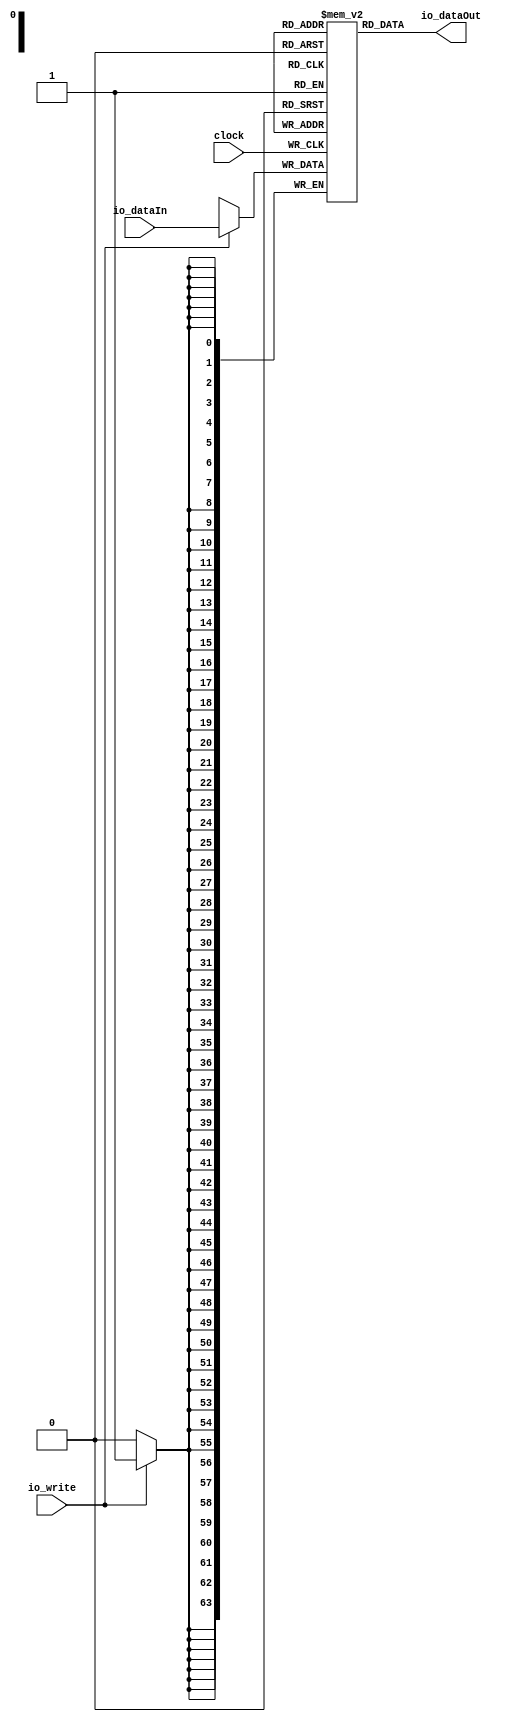
module RWSmem(
  input         clock,
  input         io_write,
  input  [63:0] io_dataIn,
  output [63:0] io_dataOut
);
`ifdef RANDOMIZE_MEM_INIT
  reg [63:0] _RAND_0;
`endif // RANDOMIZE_MEM_INIT
`ifdef RANDOMIZE_REG_INIT
  reg [31:0] _RAND_1;
  reg [31:0] _RAND_2;
`endif // RANDOMIZE_REG_INIT
  reg [63:0] mem [0:0]; // @[intervox_receiver.scala 69:24]
  wire  mem_rdwrPort_r_en; // @[intervox_receiver.scala 69:24]
  wire  mem_rdwrPort_r_addr; // @[intervox_receiver.scala 69:24]
  wire [63:0] mem_rdwrPort_r_data; // @[intervox_receiver.scala 69:24]
  wire [63:0] mem_rdwrPort_w_data; // @[intervox_receiver.scala 69:24]
  wire  mem_rdwrPort_w_addr; // @[intervox_receiver.scala 69:24]
  wire  mem_rdwrPort_w_mask; // @[intervox_receiver.scala 69:24]
  wire  mem_rdwrPort_w_en; // @[intervox_receiver.scala 69:24]
  reg  mem_rdwrPort_r_en_pipe_0;
  reg  mem_rdwrPort_r_addr_pipe_0;
  assign mem_rdwrPort_r_en = mem_rdwrPort_r_en_pipe_0;
  assign mem_rdwrPort_r_addr = mem_rdwrPort_r_addr_pipe_0;
  assign mem_rdwrPort_r_data = mem[mem_rdwrPort_r_addr]; // @[intervox_receiver.scala 69:24]
  assign mem_rdwrPort_w_data = io_dataIn;
  assign mem_rdwrPort_w_addr = 1'h0;
  assign mem_rdwrPort_w_mask = io_write;
  assign mem_rdwrPort_w_en = 1'h1 & io_write;
  assign io_dataOut = mem_rdwrPort_r_data; // @[intervox_receiver.scala 75:21 76:34]
  always @(posedge clock) begin
    if (mem_rdwrPort_w_en & mem_rdwrPort_w_mask) begin
      mem[mem_rdwrPort_w_addr] <= mem_rdwrPort_w_data; // @[intervox_receiver.scala 69:24]
    end
    mem_rdwrPort_r_en_pipe_0 <= 1'h1 & ~io_write;
    if (1'h1 & ~io_write) begin
      mem_rdwrPort_r_addr_pipe_0 <= 1'h0;
    end
  end
// Register and memory initialization
`ifdef RANDOMIZE_GARBAGE_ASSIGN
`define RANDOMIZE
`endif
`ifdef RANDOMIZE_INVALID_ASSIGN
`define RANDOMIZE
`endif
`ifdef RANDOMIZE_REG_INIT
`define RANDOMIZE
`endif
`ifdef RANDOMIZE_MEM_INIT
`define RANDOMIZE
`endif
`ifndef RANDOM
`define RANDOM $random
`endif
`ifdef RANDOMIZE_MEM_INIT
  integer initvar;
`endif
`ifndef SYNTHESIS
`ifdef FIRRTL_BEFORE_INITIAL
`FIRRTL_BEFORE_INITIAL
`endif
initial begin
  `ifdef RANDOMIZE
    `ifdef INIT_RANDOM
      `INIT_RANDOM
    `endif
    `ifndef VERILATOR
      `ifdef RANDOMIZE_DELAY
        #`RANDOMIZE_DELAY begin end
      `else
        #0.002 begin end
      `endif
    `endif
`ifdef RANDOMIZE_MEM_INIT
  _RAND_0 = {2{`RANDOM}};
  for (initvar = 0; initvar < 1; initvar = initvar+1)
    mem[initvar] = _RAND_0[63:0];
`endif // RANDOMIZE_MEM_INIT
`ifdef RANDOMIZE_REG_INIT
  _RAND_1 = {1{`RANDOM}};
  mem_rdwrPort_r_en_pipe_0 = _RAND_1[0:0];
  _RAND_2 = {1{`RANDOM}};
  mem_rdwrPort_r_addr_pipe_0 = _RAND_2[0:0];
`endif // RANDOMIZE_REG_INIT
  `endif // RANDOMIZE
end // initial
`ifdef FIRRTL_AFTER_INITIAL
`FIRRTL_AFTER_INITIAL
`endif
`endif // SYNTHESIS
endmodule
module edgeDetector(
  input   clock,
  input   reset,
  input   io_INPUT,
  output  io_RISE
);
`ifdef RANDOMIZE_REG_INIT
  reg [31:0] _RAND_0;
  reg [31:0] _RAND_1;
  reg [31:0] _RAND_2;
`endif // RANDOMIZE_REG_INIT
  reg [1:0] inBufr; // @[intervox_receiver.scala 12:34]
  reg [1:0] inBufrPrev; // @[intervox_receiver.scala 13:34]
  reg  rising; // @[intervox_receiver.scala 15:34]
  wire [1:0] _inBufr_T_1 = inBufr + 2'h1; // @[intervox_receiver.scala 26:35]
  wire [1:0] _inBufr_T_3 = inBufr - 2'h1; // @[intervox_receiver.scala 33:35]
  wire  _T_5 = inBufr == 2'h1; // @[intervox_receiver.scala 39:41]
  wire  _GEN_9 = inBufrPrev == 2'h0 & inBufr == 2'h1 | rising; // @[intervox_receiver.scala 39:50 41:17 15:34]
  assign io_RISE = rising; // @[intervox_receiver.scala 57:15]
  always @(posedge clock) begin
    if (reset) begin // @[intervox_receiver.scala 12:34]
      inBufr <= 2'h0; // @[intervox_receiver.scala 12:34]
    end else if (io_INPUT) begin // @[intervox_receiver.scala 22:21]
      if (inBufr < 2'h2) begin // @[intervox_receiver.scala 24:27]
        inBufr <= _inBufr_T_1; // @[intervox_receiver.scala 26:25]
      end
    end else if (~io_INPUT) begin // @[intervox_receiver.scala 22:21]
      if (inBufr > 2'h0) begin // @[intervox_receiver.scala 31:27]
        inBufr <= _inBufr_T_3; // @[intervox_receiver.scala 33:25]
      end
    end
    if (reset) begin // @[intervox_receiver.scala 13:34]
      inBufrPrev <= 2'h0; // @[intervox_receiver.scala 13:34]
    end else if (io_INPUT) begin // @[intervox_receiver.scala 22:21]
      if (inBufr < 2'h2) begin // @[intervox_receiver.scala 24:27]
        inBufrPrev <= inBufr; // @[intervox_receiver.scala 27:25]
      end
    end else if (~io_INPUT) begin // @[intervox_receiver.scala 22:21]
      if (inBufr > 2'h0) begin // @[intervox_receiver.scala 31:27]
        inBufrPrev <= inBufr; // @[intervox_receiver.scala 34:25]
      end
    end
    if (reset) begin // @[intervox_receiver.scala 15:34]
      rising <= 1'h0; // @[intervox_receiver.scala 15:34]
    end else if (rising) begin // @[intervox_receiver.scala 52:28]
      rising <= 1'h0; // @[intervox_receiver.scala 52:38]
    end else if (inBufrPrev == 2'h2 & _T_5) begin // @[intervox_receiver.scala 45:50]
      rising <= 1'h0; // @[intervox_receiver.scala 47:17]
    end else begin
      rising <= _GEN_9;
    end
  end
// Register and memory initialization
`ifdef RANDOMIZE_GARBAGE_ASSIGN
`define RANDOMIZE
`endif
`ifdef RANDOMIZE_INVALID_ASSIGN
`define RANDOMIZE
`endif
`ifdef RANDOMIZE_REG_INIT
`define RANDOMIZE
`endif
`ifdef RANDOMIZE_MEM_INIT
`define RANDOMIZE
`endif
`ifndef RANDOM
`define RANDOM $random
`endif
`ifdef RANDOMIZE_MEM_INIT
  integer initvar;
`endif
`ifndef SYNTHESIS
`ifdef FIRRTL_BEFORE_INITIAL
`FIRRTL_BEFORE_INITIAL
`endif
initial begin
  `ifdef RANDOMIZE
    `ifdef INIT_RANDOM
      `INIT_RANDOM
    `endif
    `ifndef VERILATOR
      `ifdef RANDOMIZE_DELAY
        #`RANDOMIZE_DELAY begin end
      `else
        #0.002 begin end
      `endif
    `endif
`ifdef RANDOMIZE_REG_INIT
  _RAND_0 = {1{`RANDOM}};
  inBufr = _RAND_0[1:0];
  _RAND_1 = {1{`RANDOM}};
  inBufrPrev = _RAND_1[1:0];
  _RAND_2 = {1{`RANDOM}};
  rising = _RAND_2[0:0];
`endif // RANDOMIZE_REG_INIT
  `endif // RANDOMIZE
end // initial
`ifdef FIRRTL_AFTER_INITIAL
`FIRRTL_AFTER_INITIAL
`endif
`endif // SYNTHESIS
endmodule
module clock_Recovery(
  input         clock,
  input         reset,
  input         io_DATA_IN,
  output        io_CLK_OUT,
  output        io_DATA_OUT,
  output        io_DBUG,
  output        io_DBUG1,
  output [15:0] io_LED,
  input  [15:0] io_SW,
  output [63:0] io_DATAREG,
  input         io_BTN_C
);
`ifdef RANDOMIZE_REG_INIT
  reg [31:0] _RAND_0;
  reg [31:0] _RAND_1;
  reg [31:0] _RAND_2;
  reg [31:0] _RAND_3;
  reg [31:0] _RAND_4;
  reg [31:0] _RAND_5;
  reg [31:0] _RAND_6;
  reg [31:0] _RAND_7;
  reg [31:0] _RAND_8;
  reg [31:0] _RAND_9;
  reg [31:0] _RAND_10;
  reg [31:0] _RAND_11;
`endif // RANDOMIZE_REG_INIT
  wire  BFR_clock; // @[intervox_receiver.scala 94:29]
  wire  BFR_io_write; // @[intervox_receiver.scala 94:29]
  wire [63:0] BFR_io_dataIn; // @[intervox_receiver.scala 94:29]
  wire [63:0] BFR_io_dataOut; // @[intervox_receiver.scala 94:29]
  wire  BFR1_clock; // @[intervox_receiver.scala 99:30]
  wire  BFR1_io_write; // @[intervox_receiver.scala 99:30]
  wire [63:0] BFR1_io_dataIn; // @[intervox_receiver.scala 99:30]
  wire [63:0] BFR1_io_dataOut; // @[intervox_receiver.scala 99:30]
  wire  CLKEDGE_clock; // @[intervox_receiver.scala 132:37]
  wire  CLKEDGE_reset; // @[intervox_receiver.scala 132:37]
  wire  CLKEDGE_io_INPUT; // @[intervox_receiver.scala 132:37]
  wire  CLKEDGE_io_RISE; // @[intervox_receiver.scala 132:37]
  reg [7:0] lastOne; // @[intervox_receiver.scala 109:30]
  reg [15:0] leds; // @[intervox_receiver.scala 110:30]
  reg [1:0] inBufr; // @[intervox_receiver.scala 112:30]
  reg [7:0] deltaCntr; // @[intervox_receiver.scala 113:30]
  reg [6:0] bitCntr; // @[intervox_receiver.scala 114:30]
  reg  clkRec; // @[intervox_receiver.scala 115:30]
  reg  change; // @[intervox_receiver.scala 117:30]
  reg  dataOut; // @[intervox_receiver.scala 118:30]
  reg  syncWord; // @[intervox_receiver.scala 119:30]
  reg  zeroFlipped; // @[intervox_receiver.scala 120:30]
  reg  syncFlipped; // @[intervox_receiver.scala 121:30]
  reg  syncFlipped1; // @[intervox_receiver.scala 122:30]
  wire [7:0] _deltaCntr_T_1 = deltaCntr + 8'h1; // @[intervox_receiver.scala 130:31]
  wire [1:0] _inBufr_T_1 = inBufr + 2'h1; // @[intervox_receiver.scala 147:34]
  wire [1:0] _inBufr_T_3 = inBufr - 2'h1; // @[intervox_receiver.scala 153:34]
  wire  _GEN_4 = inBufr[0] ^ inBufr[1] | change; // @[intervox_receiver.scala 157:36 158:16 117:30]
  wire  _clkRec_T = ~clkRec; // @[intervox_receiver.scala 167:28]
  wire  _GEN_6 = change ? ~clkRec : clkRec; // @[intervox_receiver.scala 164:25 167:25 115:30]
  wire  _GEN_8 = change ? 1'h0 : zeroFlipped; // @[intervox_receiver.scala 164:25 171:25 120:30]
  wire  _GEN_9 = change ? 1'h0 : syncFlipped; // @[intervox_receiver.scala 164:25 172:25 121:30]
  wire  _GEN_10 = change ? 1'h0 : syncFlipped1; // @[intervox_receiver.scala 164:25 173:25 122:30]
  wire  _GEN_11 = syncWord ? 1'h0 : syncWord; // @[intervox_receiver.scala 176:27 177:21 119:30]
  wire [6:0] _GEN_12 = syncWord ? 7'h0 : bitCntr; // @[intervox_receiver.scala 176:27 178:21 114:30]
  wire [6:0] _bitCntr_T_1 = bitCntr + 7'h1; // @[intervox_receiver.scala 185:28]
  wire [6:0] _BFR_io_dataIn_T_1 = 7'h3f - bitCntr; // @[intervox_receiver.scala 189:65]
  wire [127:0] _BFR_io_dataIn_T_2 = 128'h1 << _BFR_io_dataIn_T_1; // @[intervox_receiver.scala 189:56]
  wire [127:0] _GEN_47 = {{64'd0}, BFR_io_dataOut}; // @[intervox_receiver.scala 189:49]
  wire [127:0] _BFR_io_dataIn_T_3 = _GEN_47 | _BFR_io_dataIn_T_2; // @[intervox_receiver.scala 189:49]
  wire [127:0] _BFR_io_dataIn_T_6 = 128'h0 << _BFR_io_dataIn_T_1; // @[intervox_receiver.scala 191:56]
  wire [127:0] _BFR_io_dataIn_T_7 = _GEN_47 & _BFR_io_dataIn_T_6; // @[intervox_receiver.scala 191:49]
  wire [127:0] _GEN_15 = dataOut ? _BFR_io_dataIn_T_3 : _BFR_io_dataIn_T_7; // @[intervox_receiver.scala 188:30 189:31 191:31]
  wire [6:0] _GEN_16 = CLKEDGE_io_RISE ? _bitCntr_T_1 : _GEN_12; // @[intervox_receiver.scala 184:34 185:17]
  wire [127:0] _GEN_18 = CLKEDGE_io_RISE ? _GEN_15 : 128'h0; // @[intervox_receiver.scala 184:34]
  wire  _GEN_19 = change | dataOut; // @[intervox_receiver.scala 202:29 205:21 118:30]
  wire [9:0] _T_14 = lastOne * 2'h2; // @[intervox_receiver.scala 212:59]
  wire [9:0] _GEN_49 = {{2'd0}, deltaCntr}; // @[intervox_receiver.scala 212:47]
  wire  _GEN_21 = ~zeroFlipped ? _clkRec_T : _GEN_6; // @[intervox_receiver.scala 218:34 221:20]
  wire  _GEN_22 = ~zeroFlipped | _GEN_8; // @[intervox_receiver.scala 218:34 222:25]
  wire  _GEN_24 = deltaCntr > lastOne & _GEN_49 < _T_14 ? _GEN_21 : _GEN_6; // @[intervox_receiver.scala 212:68]
  wire  _GEN_26 = ~syncFlipped ? _clkRec_T : _GEN_24; // @[intervox_receiver.scala 238:34 240:20]
  wire  _GEN_27 = ~syncFlipped | _GEN_9; // @[intervox_receiver.scala 238:34 241:25]
  wire  _GEN_28 = _GEN_49 >= _T_14 ? _GEN_26 : _GEN_24; // @[intervox_receiver.scala 231:43]
  wire [9:0] _T_21 = lastOne * 2'h3; // @[intervox_receiver.scala 244:34]
  wire  _T_23 = ~syncFlipped1; // @[intervox_receiver.scala 252:27]
  wire [63:0] _leds_T = {{46'd0}, BFR1_io_dataOut[63:46]}; // @[intervox_receiver.scala 263:41]
  wire [63:0] _leds_T_1 = _leds_T & 64'hffff; // @[intervox_receiver.scala 263:50]
  wire  _GEN_31 = ~syncFlipped1 | _GEN_10; // @[intervox_receiver.scala 252:35 255:26]
  wire [63:0] _GEN_34 = ~syncFlipped1 ? BFR_io_dataOut : 64'h0; // @[intervox_receiver.scala 103:28 252:35 261:29]
  wire [63:0] _GEN_35 = ~syncFlipped1 ? _leds_T_1 : {{48'd0}, leds}; // @[intervox_receiver.scala 252:35 263:21 110:30]
  wire  _GEN_36 = _GEN_49 >= _T_21 | _GEN_11; // @[intervox_receiver.scala 244:43 251:18]
  wire [63:0] _GEN_42 = _GEN_49 >= _T_21 ? _GEN_35 : {{48'd0}, leds}; // @[intervox_receiver.scala 110:30 244:43]
  wire [15:0] _GEN_43 = io_BTN_C ? io_SW : {{8'd0}, lastOne}; // @[intervox_receiver.scala 269:31 270:21 109:30]
  wire [63:0] _GEN_44 = io_BTN_C ? {{48'd0}, io_SW} : _GEN_42; // @[intervox_receiver.scala 269:31 271:21]
  wire [15:0] _GEN_45 = io_SW > 16'h0 ? _GEN_43 : {{8'd0}, lastOne}; // @[intervox_receiver.scala 268:22 109:30]
  wire [63:0] _GEN_46 = io_SW > 16'h0 ? _GEN_44 : _GEN_42; // @[intervox_receiver.scala 268:22]
  wire [15:0] _GEN_53 = reset ? 16'hf : _GEN_45; // @[intervox_receiver.scala 109:{30,30}]
  wire [63:0] _GEN_54 = reset ? 64'h0 : _GEN_46; // @[intervox_receiver.scala 110:{30,30}]
  RWSmem BFR ( // @[intervox_receiver.scala 94:29]
    .clock(BFR_clock),
    .io_write(BFR_io_write),
    .io_dataIn(BFR_io_dataIn),
    .io_dataOut(BFR_io_dataOut)
  );
  RWSmem BFR1 ( // @[intervox_receiver.scala 99:30]
    .clock(BFR1_clock),
    .io_write(BFR1_io_write),
    .io_dataIn(BFR1_io_dataIn),
    .io_dataOut(BFR1_io_dataOut)
  );
  edgeDetector CLKEDGE ( // @[intervox_receiver.scala 132:37]
    .clock(CLKEDGE_clock),
    .reset(CLKEDGE_reset),
    .io_INPUT(CLKEDGE_io_INPUT),
    .io_RISE(CLKEDGE_io_RISE)
  );
  assign io_CLK_OUT = clkRec; // @[intervox_receiver.scala 135:21]
  assign io_DATA_OUT = dataOut; // @[intervox_receiver.scala 126:21]
  assign io_DBUG = change; // @[intervox_receiver.scala 137:21]
  assign io_DBUG1 = syncWord; // @[intervox_receiver.scala 127:21]
  assign io_LED = leds; // @[intervox_receiver.scala 128:21]
  assign io_DATAREG = BFR1_io_dataOut; // @[intervox_receiver.scala 136:21]
  assign BFR_clock = clock;
  assign BFR_io_write = CLKEDGE_io_RISE | syncWord; // @[intervox_receiver.scala 184:34 187:27]
  assign BFR_io_dataIn = _GEN_18[63:0];
  assign BFR1_clock = clock;
  assign BFR1_io_write = _GEN_49 >= _T_21 & _T_23; // @[intervox_receiver.scala 102:28 244:43]
  assign BFR1_io_dataIn = _GEN_49 >= _T_21 ? _GEN_34 : 64'h0; // @[intervox_receiver.scala 103:28 244:43]
  assign CLKEDGE_clock = clock;
  assign CLKEDGE_reset = reset;
  assign CLKEDGE_io_INPUT = clkRec; // @[intervox_receiver.scala 133:29]
  always @(posedge clock) begin
    lastOne <= _GEN_53[7:0]; // @[intervox_receiver.scala 109:{30,30}]
    leds <= _GEN_54[15:0]; // @[intervox_receiver.scala 110:{30,30}]
    if (reset) begin // @[intervox_receiver.scala 112:30]
      inBufr <= 2'h0; // @[intervox_receiver.scala 112:30]
    end else if (io_DATA_IN) begin // @[intervox_receiver.scala 143:23]
      if (inBufr < 2'h3) begin // @[intervox_receiver.scala 145:31]
        inBufr <= _inBufr_T_1; // @[intervox_receiver.scala 147:24]
      end
    end else if (~io_DATA_IN) begin // @[intervox_receiver.scala 143:23]
      if (inBufr > 2'h0) begin // @[intervox_receiver.scala 151:31]
        inBufr <= _inBufr_T_3; // @[intervox_receiver.scala 153:24]
      end
    end
    if (reset) begin // @[intervox_receiver.scala 113:30]
      deltaCntr <= 8'h0; // @[intervox_receiver.scala 113:30]
    end else if (change) begin // @[intervox_receiver.scala 164:25]
      deltaCntr <= 8'h0; // @[intervox_receiver.scala 169:25]
    end else begin
      deltaCntr <= _deltaCntr_T_1; // @[intervox_receiver.scala 130:18]
    end
    if (reset) begin // @[intervox_receiver.scala 114:30]
      bitCntr <= 7'h0; // @[intervox_receiver.scala 114:30]
    end else if (_GEN_49 >= _T_21) begin // @[intervox_receiver.scala 244:43]
      if (~syncFlipped1) begin // @[intervox_receiver.scala 252:35]
        bitCntr <= 7'h0; // @[intervox_receiver.scala 257:21]
      end else begin
        bitCntr <= _GEN_16;
      end
    end else begin
      bitCntr <= _GEN_16;
    end
    if (reset) begin // @[intervox_receiver.scala 115:30]
      clkRec <= 1'h0; // @[intervox_receiver.scala 115:30]
    end else if (_GEN_49 >= _T_21) begin // @[intervox_receiver.scala 244:43]
      if (~syncFlipped1) begin // @[intervox_receiver.scala 252:35]
        clkRec <= _clkRec_T; // @[intervox_receiver.scala 254:20]
      end else begin
        clkRec <= _GEN_28;
      end
    end else begin
      clkRec <= _GEN_28;
    end
    if (reset) begin // @[intervox_receiver.scala 117:30]
      change <= 1'h0; // @[intervox_receiver.scala 117:30]
    end else if (change) begin // @[intervox_receiver.scala 164:25]
      change <= 1'h0; // @[intervox_receiver.scala 165:16]
    end else begin
      change <= _GEN_4;
    end
    if (reset) begin // @[intervox_receiver.scala 118:30]
      dataOut <= 1'h0; // @[intervox_receiver.scala 118:30]
    end else if (deltaCntr > lastOne & _GEN_49 < _T_14) begin // @[intervox_receiver.scala 212:68]
      dataOut <= 1'h0; // @[intervox_receiver.scala 216:17]
    end else if (deltaCntr <= lastOne) begin // @[intervox_receiver.scala 199:35]
      dataOut <= _GEN_19;
    end
    if (reset) begin // @[intervox_receiver.scala 119:30]
      syncWord <= 1'h0; // @[intervox_receiver.scala 119:30]
    end else begin
      syncWord <= _GEN_36;
    end
    if (reset) begin // @[intervox_receiver.scala 120:30]
      zeroFlipped <= 1'h0; // @[intervox_receiver.scala 120:30]
    end else if (deltaCntr > lastOne & _GEN_49 < _T_14) begin // @[intervox_receiver.scala 212:68]
      zeroFlipped <= _GEN_22;
    end else if (change) begin // @[intervox_receiver.scala 164:25]
      zeroFlipped <= 1'h0; // @[intervox_receiver.scala 171:25]
    end
    if (reset) begin // @[intervox_receiver.scala 121:30]
      syncFlipped <= 1'h0; // @[intervox_receiver.scala 121:30]
    end else if (_GEN_49 >= _T_14) begin // @[intervox_receiver.scala 231:43]
      syncFlipped <= _GEN_27;
    end else if (change) begin // @[intervox_receiver.scala 164:25]
      syncFlipped <= 1'h0; // @[intervox_receiver.scala 172:25]
    end
    if (reset) begin // @[intervox_receiver.scala 122:30]
      syncFlipped1 <= 1'h0; // @[intervox_receiver.scala 122:30]
    end else if (_GEN_49 >= _T_21) begin // @[intervox_receiver.scala 244:43]
      syncFlipped1 <= _GEN_31;
    end else if (change) begin // @[intervox_receiver.scala 164:25]
      syncFlipped1 <= 1'h0; // @[intervox_receiver.scala 173:25]
    end
  end
// Register and memory initialization
`ifdef RANDOMIZE_GARBAGE_ASSIGN
`define RANDOMIZE
`endif
`ifdef RANDOMIZE_INVALID_ASSIGN
`define RANDOMIZE
`endif
`ifdef RANDOMIZE_REG_INIT
`define RANDOMIZE
`endif
`ifdef RANDOMIZE_MEM_INIT
`define RANDOMIZE
`endif
`ifndef RANDOM
`define RANDOM $random
`endif
`ifdef RANDOMIZE_MEM_INIT
  integer initvar;
`endif
`ifndef SYNTHESIS
`ifdef FIRRTL_BEFORE_INITIAL
`FIRRTL_BEFORE_INITIAL
`endif
initial begin
  `ifdef RANDOMIZE
    `ifdef INIT_RANDOM
      `INIT_RANDOM
    `endif
    `ifndef VERILATOR
      `ifdef RANDOMIZE_DELAY
        #`RANDOMIZE_DELAY begin end
      `else
        #0.002 begin end
      `endif
    `endif
`ifdef RANDOMIZE_REG_INIT
  _RAND_0 = {1{`RANDOM}};
  lastOne = _RAND_0[7:0];
  _RAND_1 = {1{`RANDOM}};
  leds = _RAND_1[15:0];
  _RAND_2 = {1{`RANDOM}};
  inBufr = _RAND_2[1:0];
  _RAND_3 = {1{`RANDOM}};
  deltaCntr = _RAND_3[7:0];
  _RAND_4 = {1{`RANDOM}};
  bitCntr = _RAND_4[6:0];
  _RAND_5 = {1{`RANDOM}};
  clkRec = _RAND_5[0:0];
  _RAND_6 = {1{`RANDOM}};
  change = _RAND_6[0:0];
  _RAND_7 = {1{`RANDOM}};
  dataOut = _RAND_7[0:0];
  _RAND_8 = {1{`RANDOM}};
  syncWord = _RAND_8[0:0];
  _RAND_9 = {1{`RANDOM}};
  zeroFlipped = _RAND_9[0:0];
  _RAND_10 = {1{`RANDOM}};
  syncFlipped = _RAND_10[0:0];
  _RAND_11 = {1{`RANDOM}};
  syncFlipped1 = _RAND_11[0:0];
`endif // RANDOMIZE_REG_INIT
  `endif // RANDOMIZE
end // initial
`ifdef FIRRTL_AFTER_INITIAL
`FIRRTL_AFTER_INITIAL
`endif
`endif // SYNTHESIS
endmodule
module i2s_Transmitter(
  input         clock,
  input         reset,
  input         io_CLK_IN,
  input  [63:0] io_DATA_IN,
  input         io_NEXT,
  output        io_LRCLK,
  output        io_SDATA
);
`ifdef RANDOMIZE_REG_INIT
  reg [31:0] _RAND_0;
  reg [31:0] _RAND_1;
  reg [31:0] _RAND_2;
`endif // RANDOMIZE_REG_INIT
  wire  CLK1EDGE_clock; // @[intervox_receiver.scala 292:38]
  wire  CLK1EDGE_reset; // @[intervox_receiver.scala 292:38]
  wire  CLK1EDGE_io_INPUT; // @[intervox_receiver.scala 292:38]
  wire  CLK1EDGE_io_RISE; // @[intervox_receiver.scala 292:38]
  reg [7:0] bitCntrTrans; // @[intervox_receiver.scala 285:31]
  reg  lrclk; // @[intervox_receiver.scala 286:26]
  reg  sdataO; // @[intervox_receiver.scala 287:26]
  wire [7:0] _bitCntrTrans_T_1 = bitCntrTrans + 8'h1; // @[intervox_receiver.scala 302:38]
  wire  _GEN_1 = bitCntrTrans == 8'h0 | lrclk; // @[intervox_receiver.scala 304:35 306:19 286:26]
  wire  _T_3 = bitCntrTrans > 8'h1f; // @[intervox_receiver.scala 308:27]
  wire [7:0] _sdataO_T_1 = 8'h3c - bitCntrTrans; // @[intervox_receiver.scala 314:45]
  wire [63:0] _sdataO_T_2 = io_DATA_IN >> _sdataO_T_1; // @[intervox_receiver.scala 314:39]
  wire  _GEN_3 = bitCntrTrans <= 8'h18 ? _sdataO_T_2[0] : sdataO; // @[intervox_receiver.scala 312:37 314:20 287:26]
  wire  _GEN_4 = bitCntrTrans > 8'h18 & bitCntrTrans <= 8'h1f ? 1'h0 : _GEN_3; // @[intervox_receiver.scala 316:61 318:20]
  wire [7:0] _sdataO_T_6 = bitCntrTrans + 8'h1f; // @[intervox_receiver.scala 322:61]
  wire [7:0] _sdataO_T_8 = 8'h24 - _sdataO_T_6; // @[intervox_receiver.scala 322:45]
  wire [63:0] _sdataO_T_9 = io_DATA_IN >> _sdataO_T_8; // @[intervox_receiver.scala 322:39]
  edgeDetector CLK1EDGE ( // @[intervox_receiver.scala 292:38]
    .clock(CLK1EDGE_clock),
    .reset(CLK1EDGE_reset),
    .io_INPUT(CLK1EDGE_io_INPUT),
    .io_RISE(CLK1EDGE_io_RISE)
  );
  assign io_LRCLK = lrclk; // @[intervox_receiver.scala 289:17]
  assign io_SDATA = sdataO; // @[intervox_receiver.scala 290:17]
  assign CLK1EDGE_clock = clock;
  assign CLK1EDGE_reset = reset;
  assign CLK1EDGE_io_INPUT = io_CLK_IN; // @[intervox_receiver.scala 293:30]
  always @(posedge clock) begin
    if (reset) begin // @[intervox_receiver.scala 285:31]
      bitCntrTrans <= 8'h0; // @[intervox_receiver.scala 285:31]
    end else if (CLK1EDGE_io_RISE) begin // @[intervox_receiver.scala 300:35]
      bitCntrTrans <= _bitCntrTrans_T_1; // @[intervox_receiver.scala 302:22]
    end else if (io_NEXT) begin // @[intervox_receiver.scala 296:26]
      bitCntrTrans <= 8'h0; // @[intervox_receiver.scala 297:22]
    end
    if (reset) begin // @[intervox_receiver.scala 286:26]
      lrclk <= 1'h0; // @[intervox_receiver.scala 286:26]
    end else if (CLK1EDGE_io_RISE) begin // @[intervox_receiver.scala 300:35]
      if (bitCntrTrans > 8'h1f) begin // @[intervox_receiver.scala 308:34]
        lrclk <= 1'h0; // @[intervox_receiver.scala 310:19]
      end else begin
        lrclk <= _GEN_1;
      end
    end
    if (reset) begin // @[intervox_receiver.scala 287:26]
      sdataO <= 1'h0; // @[intervox_receiver.scala 287:26]
    end else if (CLK1EDGE_io_RISE) begin // @[intervox_receiver.scala 300:35]
      if (bitCntrTrans > 8'h38) begin // @[intervox_receiver.scala 324:36]
        sdataO <= 1'h0; // @[intervox_receiver.scala 326:20]
      end else if (bitCntrTrans <= 8'h38 & _T_3) begin // @[intervox_receiver.scala 320:61]
        sdataO <= _sdataO_T_9[0]; // @[intervox_receiver.scala 322:20]
      end else begin
        sdataO <= _GEN_4;
      end
    end
  end
// Register and memory initialization
`ifdef RANDOMIZE_GARBAGE_ASSIGN
`define RANDOMIZE
`endif
`ifdef RANDOMIZE_INVALID_ASSIGN
`define RANDOMIZE
`endif
`ifdef RANDOMIZE_REG_INIT
`define RANDOMIZE
`endif
`ifdef RANDOMIZE_MEM_INIT
`define RANDOMIZE
`endif
`ifndef RANDOM
`define RANDOM $random
`endif
`ifdef RANDOMIZE_MEM_INIT
  integer initvar;
`endif
`ifndef SYNTHESIS
`ifdef FIRRTL_BEFORE_INITIAL
`FIRRTL_BEFORE_INITIAL
`endif
initial begin
  `ifdef RANDOMIZE
    `ifdef INIT_RANDOM
      `INIT_RANDOM
    `endif
    `ifndef VERILATOR
      `ifdef RANDOMIZE_DELAY
        #`RANDOMIZE_DELAY begin end
      `else
        #0.002 begin end
      `endif
    `endif
`ifdef RANDOMIZE_REG_INIT
  _RAND_0 = {1{`RANDOM}};
  bitCntrTrans = _RAND_0[7:0];
  _RAND_1 = {1{`RANDOM}};
  lrclk = _RAND_1[0:0];
  _RAND_2 = {1{`RANDOM}};
  sdataO = _RAND_2[0:0];
`endif // RANDOMIZE_REG_INIT
  `endif // RANDOMIZE
end // initial
`ifdef FIRRTL_AFTER_INITIAL
`FIRRTL_AFTER_INITIAL
`endif
`endif // SYNTHESIS
endmodule
module interVox_Receiver(
  input         clock,
  input         reset,
  input         io_INTERVOX_IN,
  output        io_CLK_REC,
  output        io_DATA_OUT,
  output        io_CLK_DBUG,
  output        io_DBUG,
  output        io_DBUG1,
  output [15:0] io_LED,
  input  [15:0] io_SW,
  output        io_BCLK,
  output        io_LRCLK,
  output        io_SDATA,
  input         io_BTN_C,
  input         io_BTN_D,
  input         io_BTN_L,
  input         io_BTN_R
);
  wire  clockRec_clock; // @[intervox_receiver.scala 350:29]
  wire  clockRec_reset; // @[intervox_receiver.scala 350:29]
  wire  clockRec_io_DATA_IN; // @[intervox_receiver.scala 350:29]
  wire  clockRec_io_CLK_OUT; // @[intervox_receiver.scala 350:29]
  wire  clockRec_io_DATA_OUT; // @[intervox_receiver.scala 350:29]
  wire  clockRec_io_DBUG; // @[intervox_receiver.scala 350:29]
  wire  clockRec_io_DBUG1; // @[intervox_receiver.scala 350:29]
  wire [15:0] clockRec_io_LED; // @[intervox_receiver.scala 350:29]
  wire [15:0] clockRec_io_SW; // @[intervox_receiver.scala 350:29]
  wire [63:0] clockRec_io_DATAREG; // @[intervox_receiver.scala 350:29]
  wire  clockRec_io_BTN_C; // @[intervox_receiver.scala 350:29]
  wire  i2sTrans_clock; // @[intervox_receiver.scala 361:29]
  wire  i2sTrans_reset; // @[intervox_receiver.scala 361:29]
  wire  i2sTrans_io_CLK_IN; // @[intervox_receiver.scala 361:29]
  wire [63:0] i2sTrans_io_DATA_IN; // @[intervox_receiver.scala 361:29]
  wire  i2sTrans_io_NEXT; // @[intervox_receiver.scala 361:29]
  wire  i2sTrans_io_LRCLK; // @[intervox_receiver.scala 361:29]
  wire  i2sTrans_io_SDATA; // @[intervox_receiver.scala 361:29]
  clock_Recovery clockRec ( // @[intervox_receiver.scala 350:29]
    .clock(clockRec_clock),
    .reset(clockRec_reset),
    .io_DATA_IN(clockRec_io_DATA_IN),
    .io_CLK_OUT(clockRec_io_CLK_OUT),
    .io_DATA_OUT(clockRec_io_DATA_OUT),
    .io_DBUG(clockRec_io_DBUG),
    .io_DBUG1(clockRec_io_DBUG1),
    .io_LED(clockRec_io_LED),
    .io_SW(clockRec_io_SW),
    .io_DATAREG(clockRec_io_DATAREG),
    .io_BTN_C(clockRec_io_BTN_C)
  );
  i2s_Transmitter i2sTrans ( // @[intervox_receiver.scala 361:29]
    .clock(i2sTrans_clock),
    .reset(i2sTrans_reset),
    .io_CLK_IN(i2sTrans_io_CLK_IN),
    .io_DATA_IN(i2sTrans_io_DATA_IN),
    .io_NEXT(i2sTrans_io_NEXT),
    .io_LRCLK(i2sTrans_io_LRCLK),
    .io_SDATA(i2sTrans_io_SDATA)
  );
  assign io_CLK_REC = 1'h0; // @[intervox_receiver.scala 357:21]
  assign io_DATA_OUT = clockRec_io_DATA_OUT; // @[intervox_receiver.scala 355:21]
  assign io_CLK_DBUG = 1'h0; // @[intervox_receiver.scala 356:21]
  assign io_DBUG = clockRec_io_DBUG; // @[intervox_receiver.scala 359:21]
  assign io_DBUG1 = clockRec_io_DBUG1; // @[intervox_receiver.scala 358:21]
  assign io_LED = clockRec_io_LED; // @[intervox_receiver.scala 354:21]
  assign io_BCLK = clockRec_io_CLK_OUT; // @[intervox_receiver.scala 365:21]
  assign io_LRCLK = i2sTrans_io_LRCLK; // @[intervox_receiver.scala 367:21]
  assign io_SDATA = i2sTrans_io_SDATA; // @[intervox_receiver.scala 366:21]
  assign clockRec_clock = clock;
  assign clockRec_reset = reset;
  assign clockRec_io_DATA_IN = io_INTERVOX_IN; // @[intervox_receiver.scala 351:29]
  assign clockRec_io_SW = io_SW; // @[intervox_receiver.scala 352:29]
  assign clockRec_io_BTN_C = io_BTN_C; // @[intervox_receiver.scala 353:29]
  assign i2sTrans_clock = clock;
  assign i2sTrans_reset = reset;
  assign i2sTrans_io_CLK_IN = clockRec_io_CLK_OUT; // @[intervox_receiver.scala 362:29]
  assign i2sTrans_io_DATA_IN = clockRec_io_DATAREG; // @[intervox_receiver.scala 363:29]
  assign i2sTrans_io_NEXT = clockRec_io_DBUG1; // @[intervox_receiver.scala 364:29]
endmodule